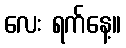
လေး ရက်နေ့။